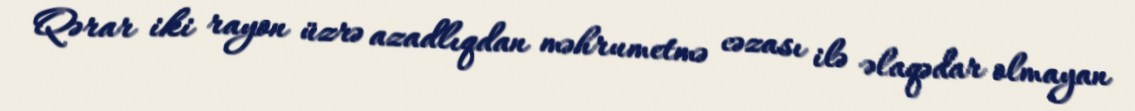
Qərar iki rayon üzrə azadlıqdan məhrumetmə cəzası ilə əlaqədar olmayan